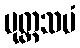
ပုတ္တသမံ